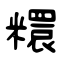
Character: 糫